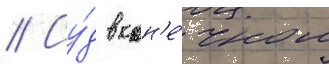
// Су́д в кон'е́чном